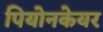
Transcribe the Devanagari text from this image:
पियोनकेयर